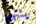
ينتهوا